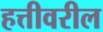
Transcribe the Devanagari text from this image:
हत्तीवरील